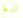
تبغ